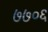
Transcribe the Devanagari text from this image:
७७०६